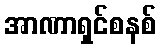
အာဏာရှင်စနစ်